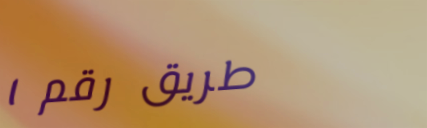
طريق رقم ١